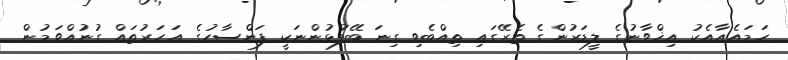
ހަމައެއާއެކު އިޚްވާނުގެ ލީޑަރުންގެ ތެރޭގައި ތިއްބެވި ގިނަ ބޭފުޅުންނަކީ ފަންސާހުގެ އަހަރުތައް ގުނުއްވަމުން